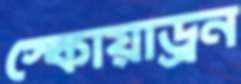
স্কোয়াড্রন